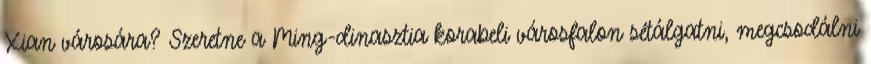
Xian városára? Szeretne a Ming-dinasztia korabeli városfalon sétálgatni, megcsodálni